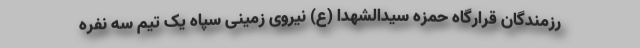
رزمندگان قرارگاه حمزه سیدالشهدا (ع) نیروی زمینی سپاه یک تیم سه نفره